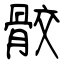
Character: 骹